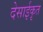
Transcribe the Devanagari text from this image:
देसाईकृत